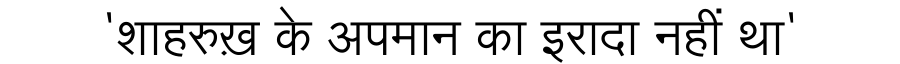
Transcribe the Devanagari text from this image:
'शाहरुख़ के अपमान का इरादा नहीं था'